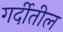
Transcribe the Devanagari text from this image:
गर्दीतील